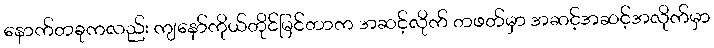
နောက်တခုကလည်း ကျနော်ကိုယ်တိုင်မြင်တာက အဆင့်လိုက် တဖတ်မှာ အဆင့်အဆင့်အလိုက်မှာ